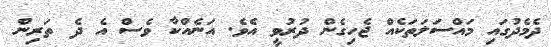
ދެމެދުގައި މައްސަލަތަކެއް ޖެހިގެން ދުރުވީ އެވެ. އަނެއްކާ ވެސް އެ ދެ ތަރިން